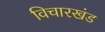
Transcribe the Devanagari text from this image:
विचारखंड